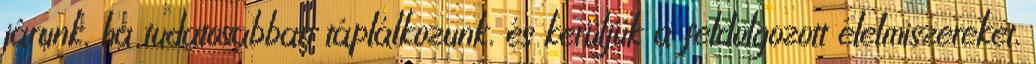
járunk, ha tudatosabban táplálkozunk, és kerüljük a feldolgozott élelmiszereket,